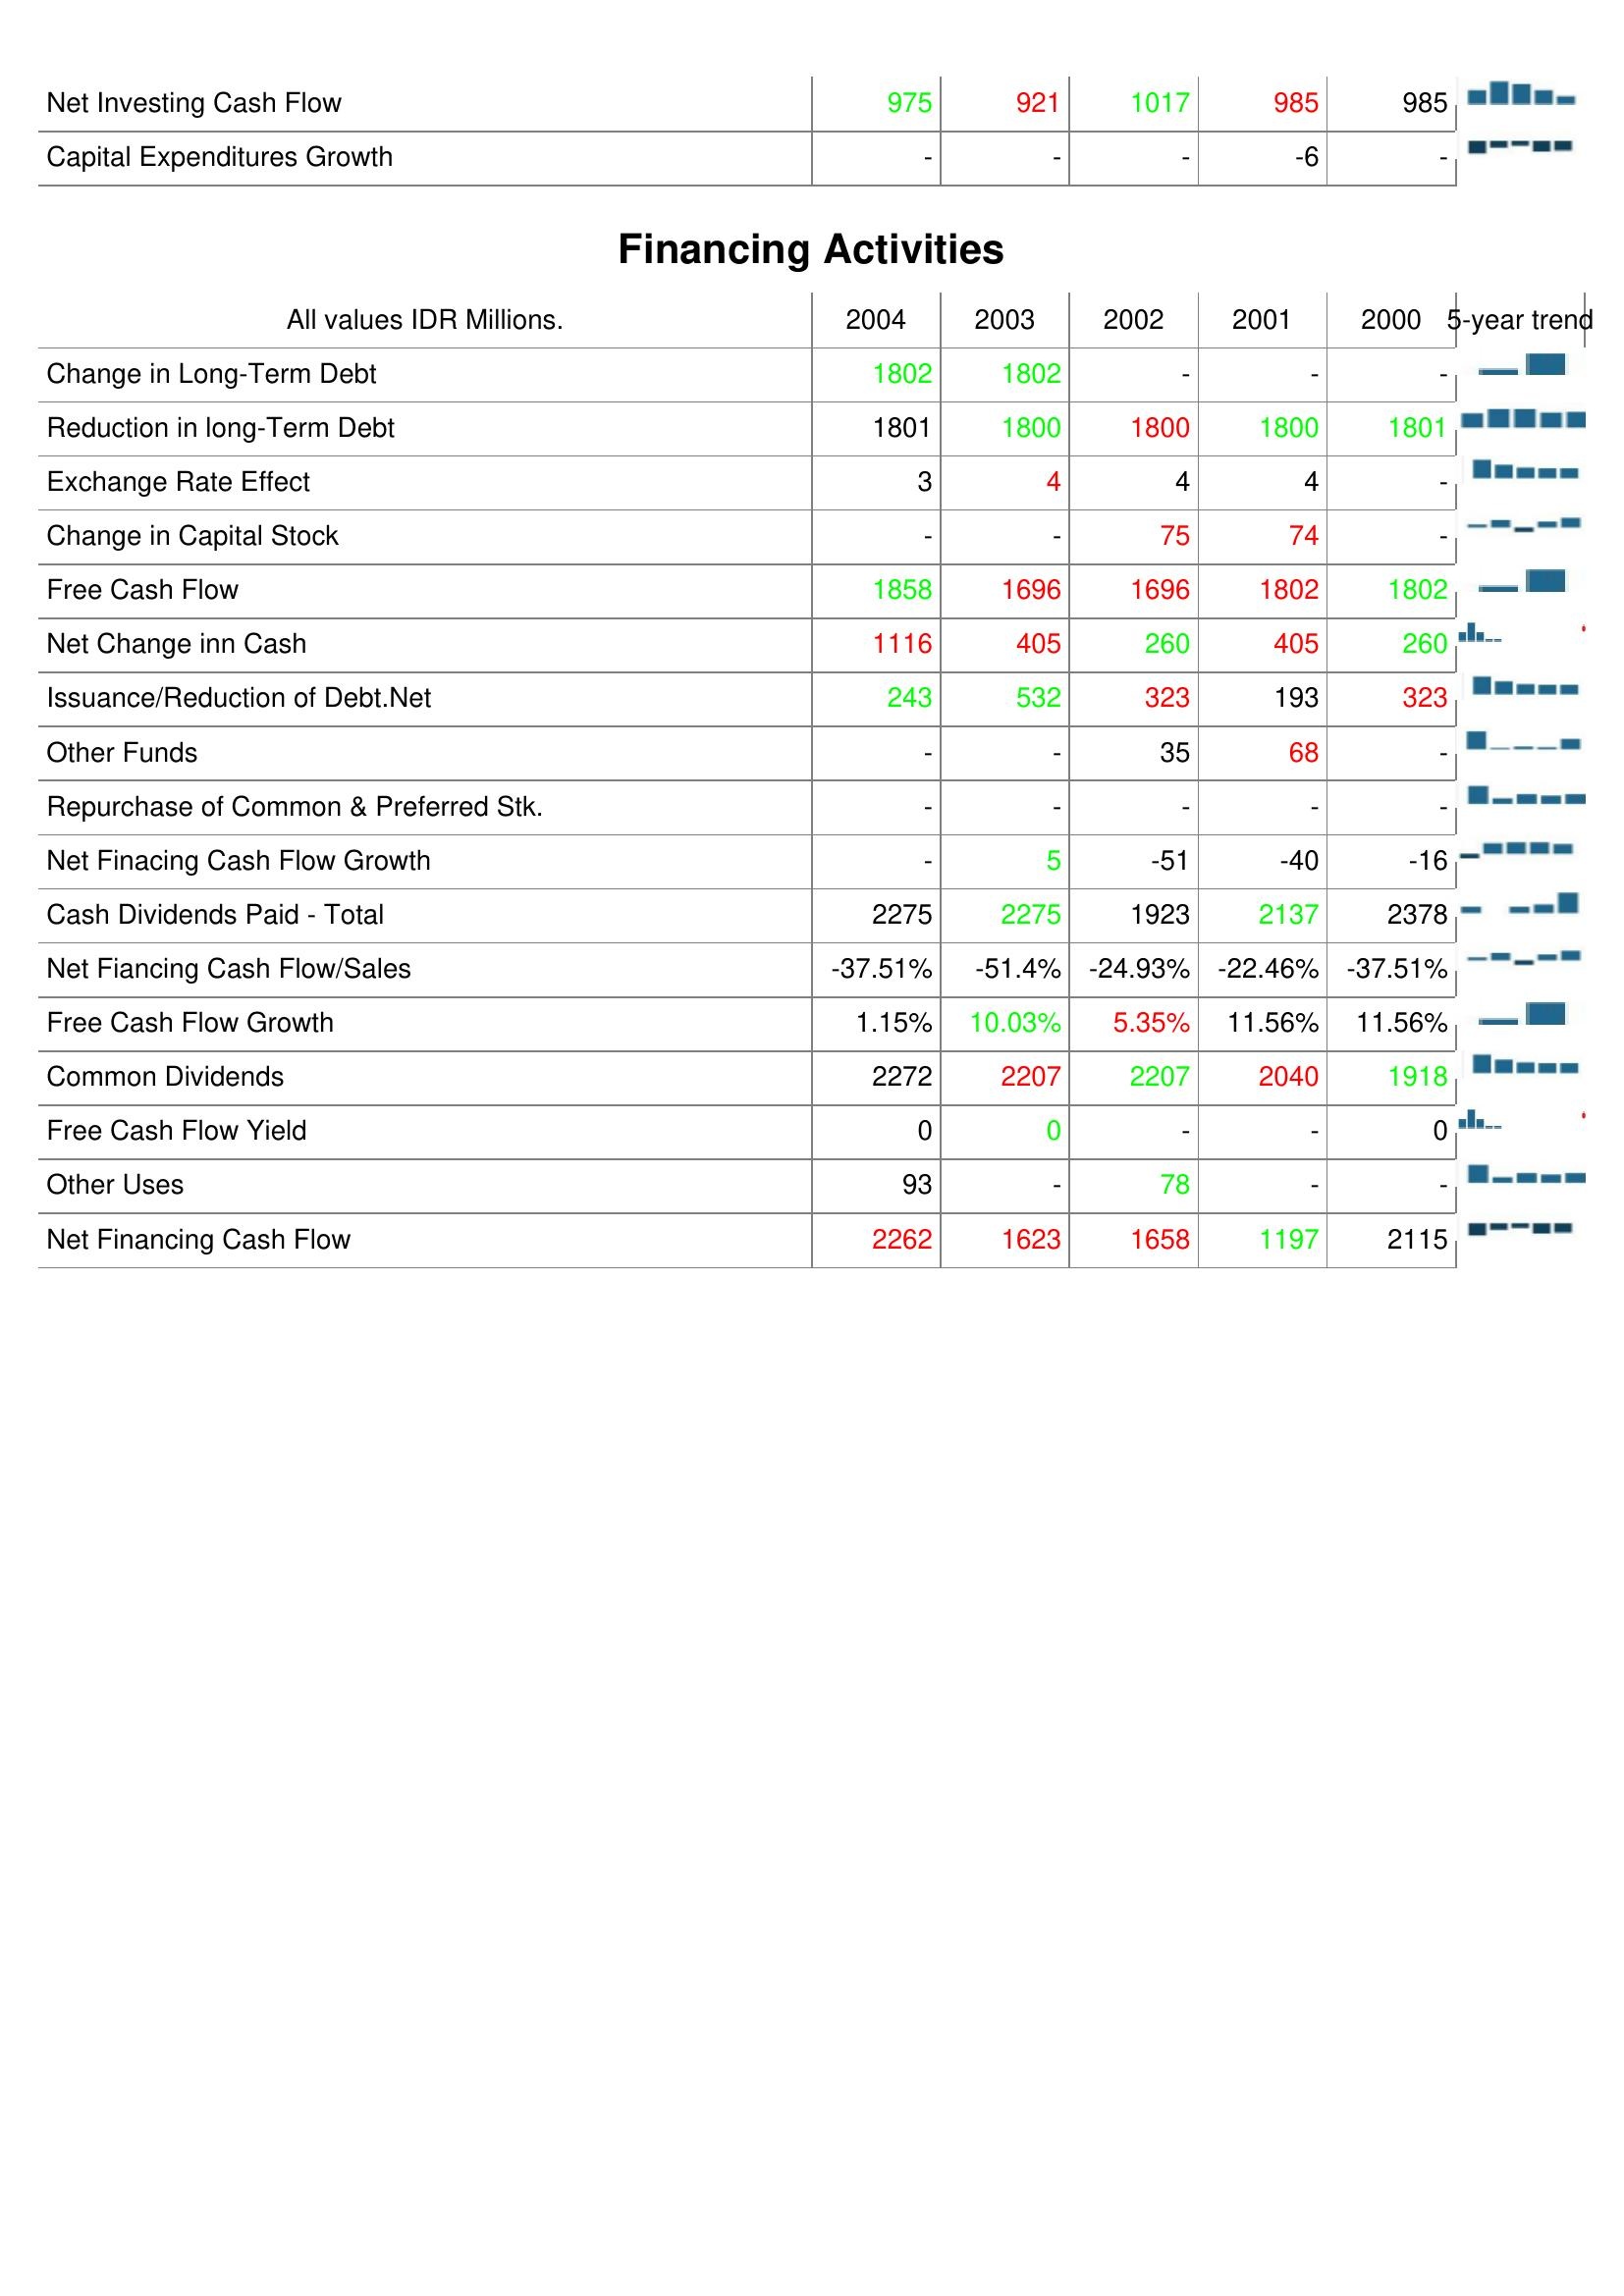
2004: Investing Activities: Net Investing Cash Flow: 975
Capital Expenditures Growth: -
Financing Activities: Change in Long-Term Debt: 1802
Reduction in long-Term Debt: 1801
Exchange Rate Effect: 3
Change in Capital Stock: -
Free Cash Flow: 1858
Net Change inn Cash: 1116
Issuance/Reduction of Debt.Net: 243
Other Funds: -
Repurchase of Common & Preferred Stk.: -
Net Finacing Cash Flow Growth: -
Cash Dividends Paid - Total: 2275
Net Fiancing Cash Flow/Sales: -37.51%
Free Cash Flow Growth: 1.15%
Common Dividends: 2272
Free Cash Flow Yield: 0
Other Uses: 93
Net Financing Cash Flow: 2262
2003: Investing Activities: Net Investing Cash Flow: 921
Capital Expenditures Growth: -
Financing Activities: Change in Long-Term Debt: 1802
Reduction in long-Term Debt: 1800
Exchange Rate Effect: 4
Change in Capital Stock: -
Free Cash Flow: 1696
Net Change inn Cash: 405
Issuance/Reduction of Debt.Net: 532
Other Funds: -
Repurchase of Common & Preferred Stk.: -
Net Finacing Cash Flow Growth: 5
Cash Dividends Paid - Total: 2275
Net Fiancing Cash Flow/Sales: -51.4%
Free Cash Flow Growth: 10.03%
Common Dividends: 2207
Free Cash Flow Yield: 0
Other Uses: -
Net Financing Cash Flow: 1623
2002: Investing Activities: Net Investing Cash Flow: 1017
Capital Expenditures Growth: -
Financing Activities: Change in Long-Term Debt: -
Reduction in long-Term Debt: 1800
Exchange Rate Effect: 4
Change in Capital Stock: 75
Free Cash Flow: 1696
Net Change inn Cash: 260
Issuance/Reduction of Debt.Net: 323
Other Funds: 35
Repurchase of Common & Preferred Stk.: -
Net Finacing Cash Flow Growth: -51
Cash Dividends Paid - Total: 1923
Net Fiancing Cash Flow/Sales: -24.93%
Free Cash Flow Growth: 5.35%
Common Dividends: 2207
Free Cash Flow Yield: -
Other Uses: 78
Net Financing Cash Flow: 1658
2001: Investing Activities: Net Investing Cash Flow: 985
Capital Expenditures Growth: -6
Financing Activities: Change in Long-Term Debt: -
Reduction in long-Term Debt: 1800
Exchange Rate Effect: 4
Change in Capital Stock: 74
Free Cash Flow: 1802
Net Change inn Cash: 405
Issuance/Reduction of Debt.Net: 193
Other Funds: 68
Repurchase of Common & Preferred Stk.: -
Net Finacing Cash Flow Growth: -40
Cash Dividends Paid - Total: 2137
Net Fiancing Cash Flow/Sales: -22.46%
Free Cash Flow Growth: 11.56%
Common Dividends: 2040
Free Cash Flow Yield: -
Other Uses: -
Net Financing Cash Flow: 1197
2000: Investing Activities: Net Investing Cash Flow: 985
Capital Expenditures Growth: -
Financing Activities: Change in Long-Term Debt: -
Reduction in long-Term Debt: 1801
Exchange Rate Effect: -
Change in Capital Stock: -
Free Cash Flow: 1802
Net Change inn Cash: 260
Issuance/Reduction of Debt.Net: 323
Other Funds: -
Repurchase of Common & Preferred Stk.: -
Net Finacing Cash Flow Growth: -16
Cash Dividends Paid - Total: 2378
Net Fiancing Cash Flow/Sales: -37.51%
Free Cash Flow Growth: 11.56%
Common Dividends: 1918
Free Cash Flow Yield: 0
Other Uses: -
Net Financing Cash Flow: 2115